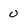
Character: 0